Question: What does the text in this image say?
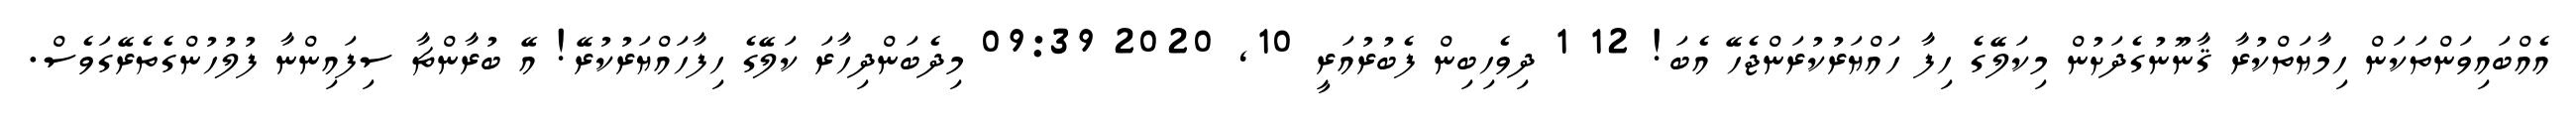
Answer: އެއްބައިވަންތަކަން ހިމާޔަތްކުރާ ޤާނޫނުގެދަށުން މިކަލޭގެ ހިފާ ހައްޔަރުކުރަންޖެހޭ އެބަ! 12 1 ދިވެހިބިން ފެބުރުއަރީ 10, 2020 09:39 މިދެބަންދިހާރަ ކަލޭގެ ހިފާހައްޔަރުކުރޭ! އޭ ބުރާންޗާ ސިފައިންނާ ފުލުހުންގެތެރޭގަވެސް.